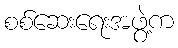
စစ်ဆေးရေးအဖွဲ့က